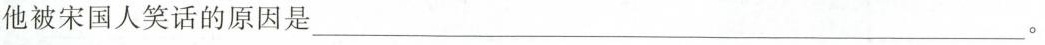
他被宋国人笑话的原因是___。